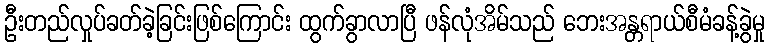
ဦးတည်လှုပ်ခတ်ခဲ့ခြင်းဖြစ်ကြောင်း ထွက်ခွာလာပြီ ဖန်လုံအိမ်သည် ဘေးအန္တရာယ်စီမံခန့်ခွဲမှု